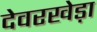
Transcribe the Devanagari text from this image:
देवरखेड़ा